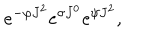
e ^ { - \varphi J ^ { 2 } } e ^ { \sigma J ^ { 0 } } e ^ { \psi J ^ { 2 } } ,